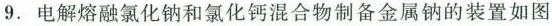
9.电解熔融氯化钠和氯化钙混合物制备金属钠的装置如图